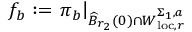
f _ { b } : = \left. \pi _ { b } \right\vert _ { \widehat { B } _ { r _ { 2 } } ( 0 ) \cap W _ { \mathrm { l o c } , r } ^ { \Sigma _ { 1 } , a } }